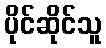
ပိုင်ဆိုင်သူ